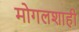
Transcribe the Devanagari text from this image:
मोगलशाही